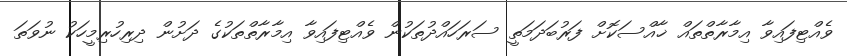
ވެއްޓިފައިވާ އިމާރާތްތައް ޚާއްސަކޮށް ފަރުބަދަމަތީ ސަރަހައްދުތަކުން ވެއްޓިފައިވާ އިމާރާތްތަކުގެ ދަށުން ދިރިހުރިމީހަކު ނުވަތަ